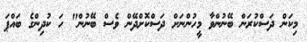
މިކަން ދަސްކުރަން ބޭނުންވާ މީހުންނަށް ދަސްކޮށްދޭން ވެސް ބޭނުން" ހަ ކުދިންގެ ބައްޕަ